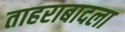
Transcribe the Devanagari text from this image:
ताहराबादला